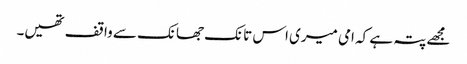
مجھے پتہ ہے کہ امی میری اس تانک جھانک سے واقف تھیں۔